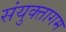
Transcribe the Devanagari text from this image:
संयुक्तागम